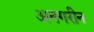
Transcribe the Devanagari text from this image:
अनगरीन